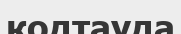
кодтауда